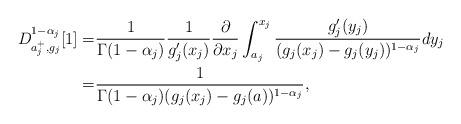
LaTeX: \begin{align*} D _{a_j^+, g_j }^{ 1- \alpha_j } [1] = & \frac{1}{\Gamma(1-\alpha_j)} \frac{1}{g'_j(x_j)} \frac{\partial}{ \partial x_j} \int_{a_j}^{x_j} \frac{g'_j (y_j) }{ ( g_j (x_j) - g_j (y_j) )^{1-\alpha_j} } dy_j\\= &\frac{1}{ \Gamma(1-\alpha_j) ( g_j(x_j) - g_j(a) )^{1-\alpha_j} }, \end{align*}